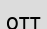
отт